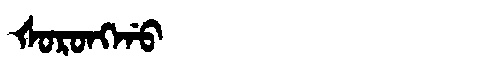
Manchu: ᡧᠣᡵᠣᠩᡤᠣ
Romanization: ŠORONGGO